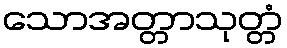
သောအတ္တာသုတ္တံ